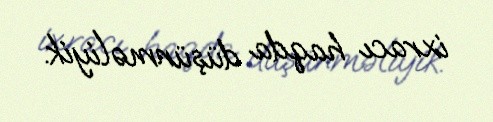
ixracı haqda düşünməliyik.